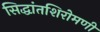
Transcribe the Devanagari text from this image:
सिद्धांतशिरोमणी